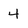
Character: 4